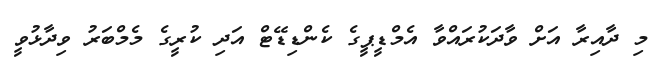
މި ދާއިރާ އަށް ވާދަކުރައްވާ އެމްޑީޕީގެ ކެންޑިޑޭޓް އަދި ކުރީގެ މެމްބަރު ވިދާޅުވީ